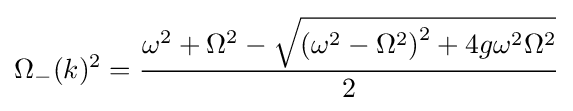
\Omega _{-}(k)^{2}={\omega ^{2}+\Omega ^{2}-{\sqrt {{(\omega ^{2}-\Omega ^{2})}^{2}+4{g}\omega ^{2}\Omega ^{2}}} \over 2}